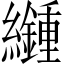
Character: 𦇮